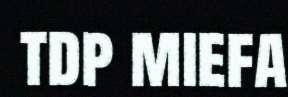
tdp miefa